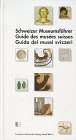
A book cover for Schweizer Museumsfuhrer: Mit Einschluss des Furstentums Liechtenstein = Guide des musees suisses = Guida dei musei svizzeri (German Edition); Travel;